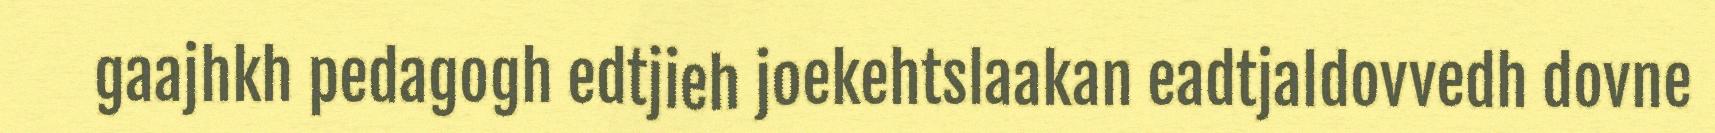
gaajhkh pedagogh edtjieh joekehtslaakan eadtjaldovvedh dovne